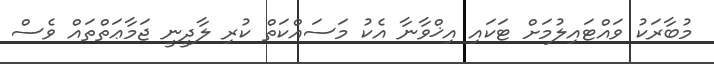
މުބާރަކު ވައްޓައިލުމަށް ޓަކައި އިޚްވާނާ އެކު މަސައްކަތް ކުރި ލާދީނީ ޖަމާޢަތްތައް ވެސް